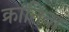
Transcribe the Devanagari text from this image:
क्रांतिबा